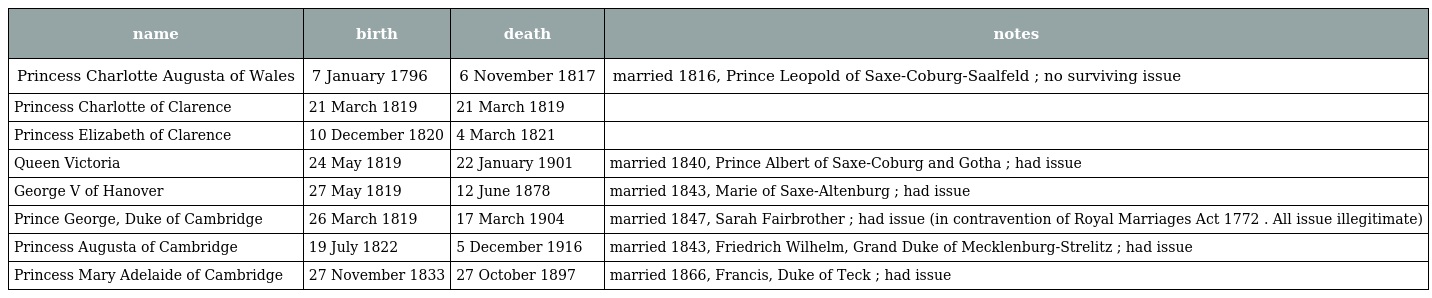
| name | birth | death | notes |
 | --- | --- | --- | --- |
 | Princess Charlotte Augusta of Wales | 7 January 1796 | 6 November 1817 | married 1816, Prince Leopold of Saxe-Coburg-Saalfeld ; no surviving issue |
 | Princess Charlotte of Clarence | 21 March 1819 | 21 March 1819 |  |
 | Princess Elizabeth of Clarence | 10 December 1820 | 4 March 1821 |  |
 | Queen Victoria | 24 May 1819 | 22 January 1901 | married 1840, Prince Albert of Saxe-Coburg and Gotha ; had issue |
 | George V of Hanover | 27 May 1819 | 12 June 1878 | married 1843, Marie of Saxe-Altenburg ; had issue |
 | Prince George, Duke of Cambridge | 26 March 1819 | 17 March 1904 | married 1847, Sarah Fairbrother ; had issue (in contravention of Royal Marriages Act 1772 . All issue illegitimate) |
 | Princess Augusta of Cambridge | 19 July 1822 | 5 December 1916 | married 1843, Friedrich Wilhelm, Grand Duke of Mecklenburg-Strelitz ; had issue |
 | Princess Mary Adelaide of Cambridge | 27 November 1833 | 27 October 1897 | married 1866, Francis, Duke of Teck ; had issue |